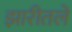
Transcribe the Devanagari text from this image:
झारीतले